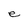
Character: e